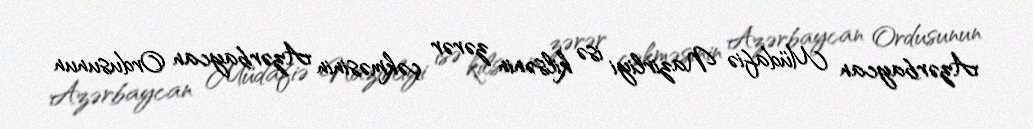
Azərbaycan Müdafiə Nazirliyi isə kilsənin zərər çəkməsinin Azərbaycan Ordusunun